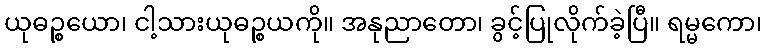
ယုဓဉ္စယော၊ ငါ့သားယုဓဉ္စယကို။ အနုညာတော၊ ခွင့်ပြုလိုက်ခဲ့ပြီ။ ရမ္မကော၊